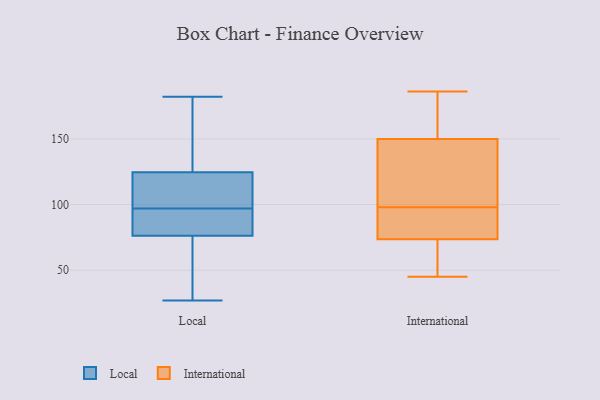
{"axis": {"x": "Tickets Resolved", "y": "Value"}, "legend": ["International", "Local"], "data": [{"x": "", "y": 124, "type": "Local"}, {"x": "", "y": 98, "type": "Local"}, {"x": "", "y": 44, "type": "Local"}, {"x": "", "y": 121, "type": "Local"}, {"x": "", "y": 96, "type": "Local"}, {"x": "", "y": 87, "type": "Local"}, {"x": "", "y": 27, "type": "Local"}, {"x": "", "y": 31, "type": "Local"}, {"x": "", "y": 126, "type": "Local"}, {"x": "", "y": 97, "type": "Local"}, {"x": "", "y": 149, "type": "Local"}, {"x": "", "y": 93, "type": "Local"}, {"x": "", "y": 182, "type": "Local"}, {"x": "", "y": 90, "type": "International"}, {"x": "", "y": 90, "type": "International"}, {"x": "", "y": 152, "type": "International"}, {"x": "", "y": 72, "type": "International"}, {"x": "", "y": 45, "type": "International"}, {"x": "", "y": 180, "type": "International"}, {"x": "", "y": 186, "type": "International"}, {"x": "", "y": 106, "type": "International"}, {"x": "", "y": 75, "type": "International"}, {"x": "", "y": 140, "type": "International"}, {"x": "", "y": 52, "type": "International"}, {"x": "", "y": 148, "type": "International"}]}